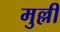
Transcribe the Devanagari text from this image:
मुल्ली